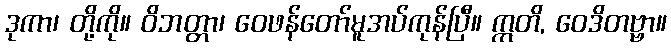
ဒုကာ၊ တို့ကို။ ဝိဘတ္တာ၊ ဝေဖန်တော်မူအပ်ကုန်ပြီ။ ဣတိ, ဝေဒိတဗ္ဗာ။